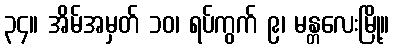
၃၄။ အိမ်အမှတ် ၁၀၊ ရပ်ကွက် ၉၊ မန္တလေးမြို့။